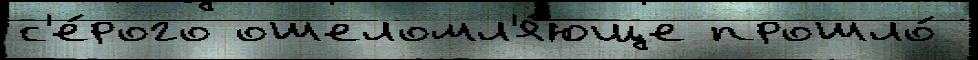
с'е́рого ошеломл'я́юще прошло́